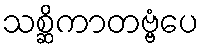
သစ္ဆိကာတဗ္ဗံပေ